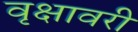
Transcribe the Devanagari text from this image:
वृक्षावरी